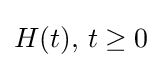
H(t),\,t\geq 0